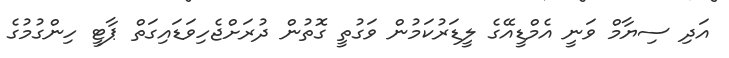
އަދި ސިޔާމް ވަނީ އެމްޑީއޭގެ ލީޑަރުކަމުން ވަގުތީ ގޮތުން ދުރަށްޖެހިވަޑައިގަތް ޕާޓީ ހިންގުމުގެ